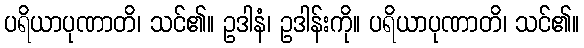
ပရိယာပုဏာတိ၊ သင်၏။ ဥဒါနံ၊ ဥဒါန်းကို။ ပရိယာပုဏာတိ၊ သင်၏။